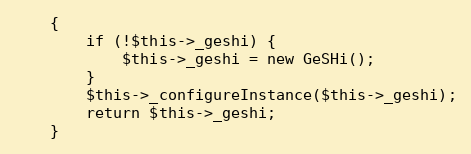
Language: PHP
    {
        if (!$this->_geshi) {
            $this->_geshi = new GeSHi();
        }
        $this->_configureInstance($this->_geshi);
        return $this->_geshi;
    }